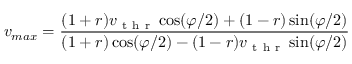
v _ { m a x } = \frac { ( 1 + r ) v _ { \mathrm { ~ t ~ h ~ r ~ } } \cos ( \varphi / 2 ) + ( 1 - r ) \sin ( \varphi / 2 ) } { ( 1 + r ) \cos ( \varphi / 2 ) - ( 1 - r ) v _ { \mathrm { ~ t ~ h ~ r ~ } } \sin ( \varphi / 2 ) }